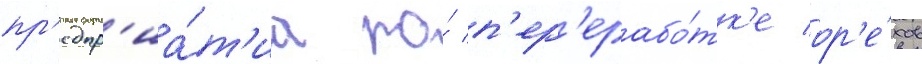
пр'едпр'иа́т'иа по́ п'ер'ерабо́тк'е ор'е́хов